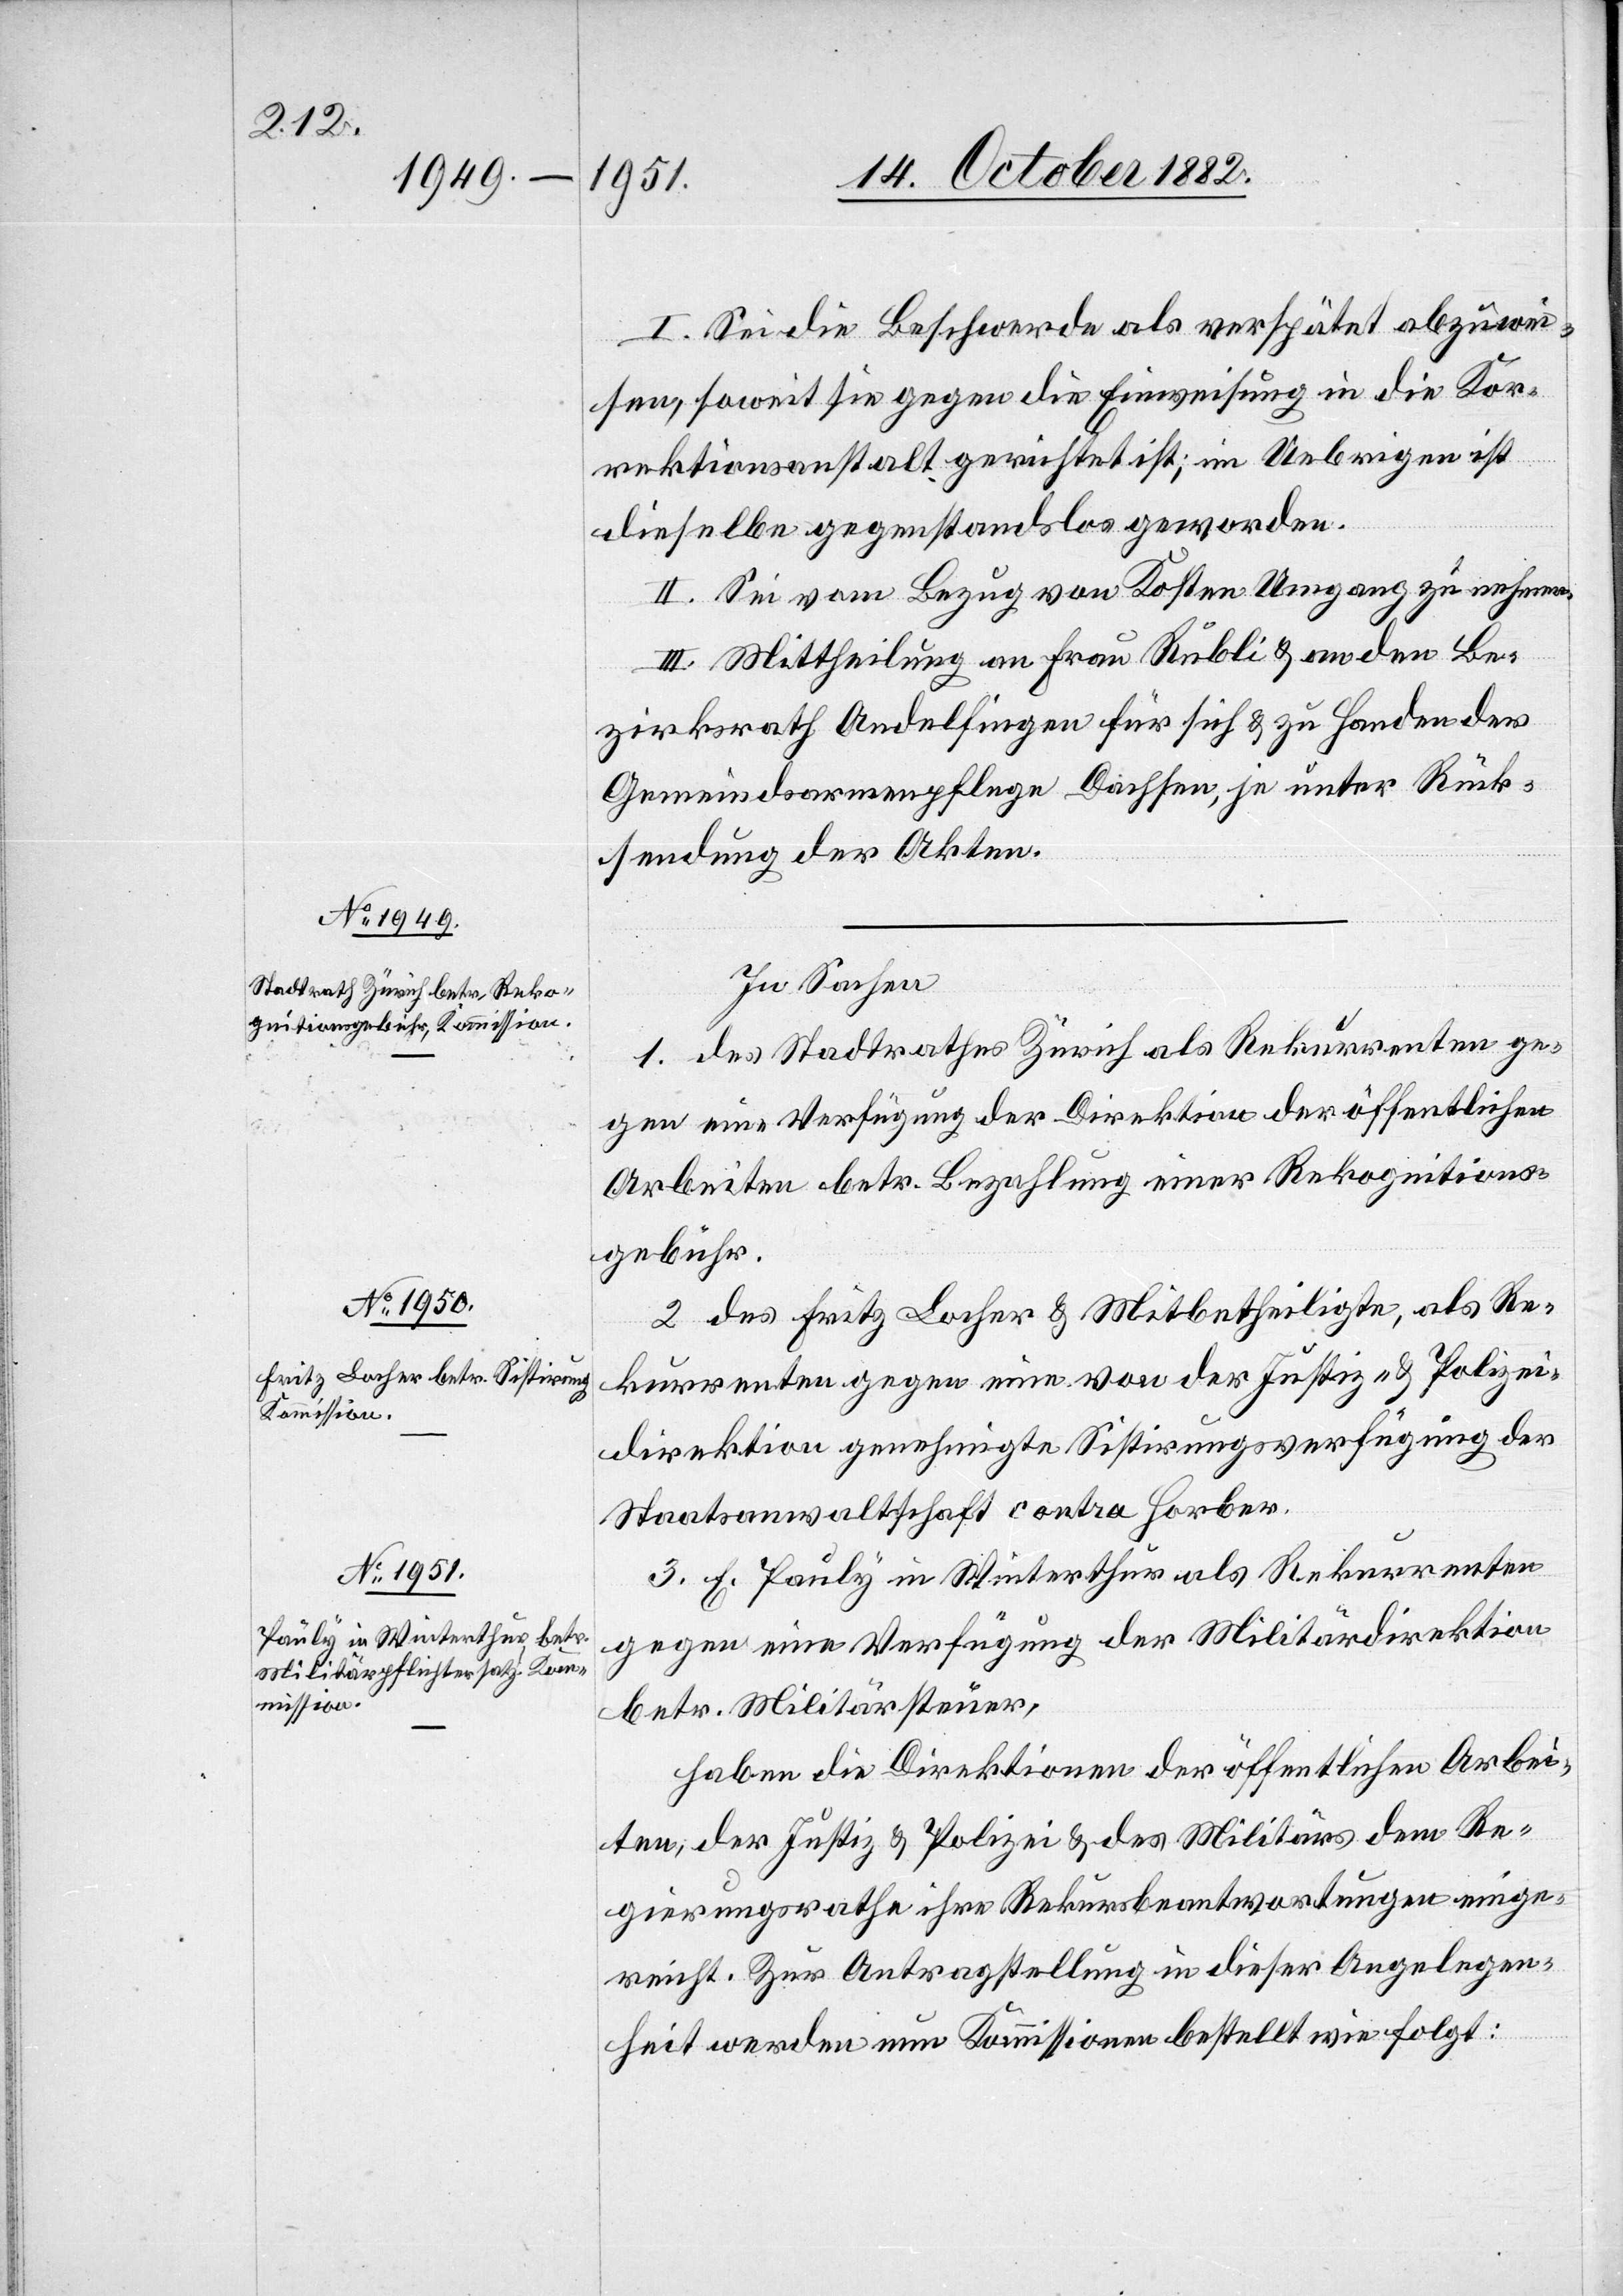
I. Sei die Beschwerde als verspätet abzuwei¬
sen, soweit sei gegen die Einweisung in die Kor¬
rektionsanstalt gerichtet ist; im Uebrigen ist
dieselbe gegenstandslos geworden.
II. Sei vom Bezug von Kosten Umgang zu nehmen.
III. Mittheilung an Frau Rubli & an den Be¬
zirksrath Andelfingen für sich & zu Handen der
Gemeindsarmenpflege Dachsen, je unter Rück¬
sendung der Akten.
In Sachen
1. des Stadtrathes Zürich als Rekurrenten ge¬
gen eine Verfügung der Direktion der öffentlichen
Arbeiten betr. Bezahlung einer Rekognitions¬
gebühr.
2. des Fritz Locher & Mitbetheiligte, als Re¬
kurrenten gegen eine von der Justiz- & Polizei¬
direktion genehmigte Sistirungsverfügung der
Staatsanwaltschaft contra Horber.
3. E. Pauly in Winterthur als Rekurrenten
gegen eine Verfügung der Militärdirektion
betr. Militärsteuer.
haben die Direktionen der öffentlichen Arbei¬
ten, der Justiz & Polizei & des Militärs dem Re¬
gierungsrathe ihre Rekursbeantwortungen einge¬
reicht. Zur Antragstellung in dieser Angelegen¬
heit werden nun Kommissionen bestellt wie folgt: